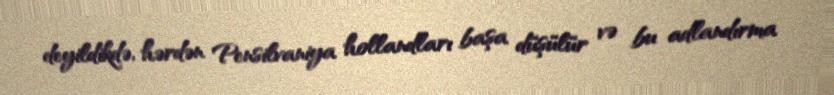
deyildikdə, hərdən Pensilvaniya hollandları başa düşülür və bu adlandırma